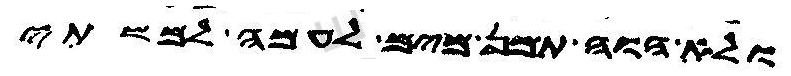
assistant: ולא הוה תמן מים לעמה למשתי